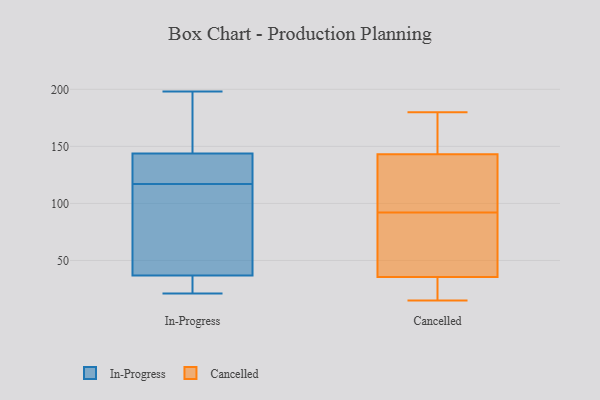
{"axis": {"x": "LTV (USD)", "y": "Value"}, "legend": ["Cancelled", "In-Progress"], "data": [{"x": "", "y": 158, "type": "In-Progress"}, {"x": "", "y": 36, "type": "In-Progress"}, {"x": "", "y": 139, "type": "In-Progress"}, {"x": "", "y": 166, "type": "In-Progress"}, {"x": "", "y": 130, "type": "In-Progress"}, {"x": "", "y": 32, "type": "In-Progress"}, {"x": "", "y": 37, "type": "In-Progress"}, {"x": "", "y": 21, "type": "In-Progress"}, {"x": "", "y": 110, "type": "In-Progress"}, {"x": "", "y": 56, "type": "In-Progress"}, {"x": "", "y": 139, "type": "In-Progress"}, {"x": "", "y": 198, "type": "In-Progress"}, {"x": "", "y": 117, "type": "In-Progress"}, {"x": "", "y": 173, "type": "Cancelled"}, {"x": "", "y": 15, "type": "Cancelled"}, {"x": "", "y": 180, "type": "Cancelled"}, {"x": "", "y": 117, "type": "Cancelled"}, {"x": "", "y": 74, "type": "Cancelled"}, {"x": "", "y": 34, "type": "Cancelled"}, {"x": "", "y": 80, "type": "Cancelled"}, {"x": "", "y": 159, "type": "Cancelled"}, {"x": "", "y": 177, "type": "Cancelled"}, {"x": "", "y": 16, "type": "Cancelled"}, {"x": "", "y": 104, "type": "Cancelled"}, {"x": "", "y": 41, "type": "Cancelled"}, {"x": "", "y": 37, "type": "Cancelled"}, {"x": "", "y": 127, "type": "Cancelled"}, {"x": "", "y": 108, "type": "Cancelled"}, {"x": "", "y": 24, "type": "Cancelled"}]}